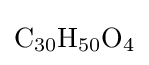
{\ce {C30H50O4}}